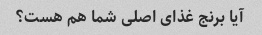
آیا برنج غذای اصلی شما هم هست؟